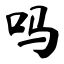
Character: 吗